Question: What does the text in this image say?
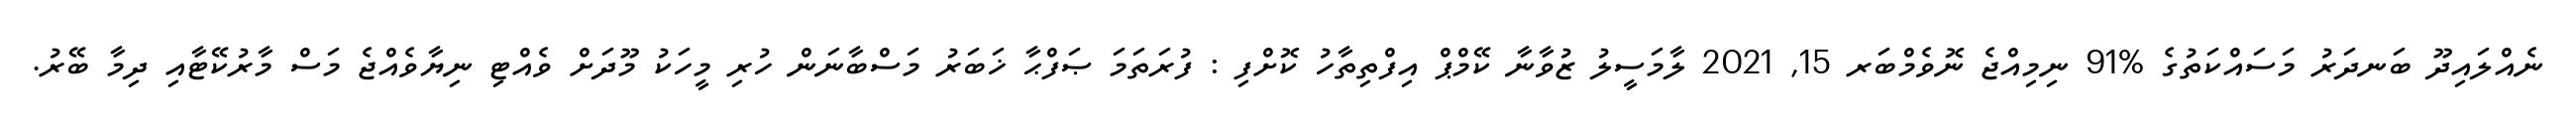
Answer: ނެއްލައިދޫ ބަނދަރު މަސައްކަތުގެ %91 ނިމިއްޖެ ނޮވެމްބަރ 15, 2021 ލާމަސީލު ޒުވާނާ ކޭމްޕް އިފްތިތާހު ކޮށްފި : ފުރަތަމަ ޞަފްޙާ ޚަބަރު މަސްބާނަން ހުރި މީހަކު މޫދަށް ވެއްޓި ނިޔާވެއްޖެ މަސް މާރުކޭޓާއި ދިމާ ބޭރު.